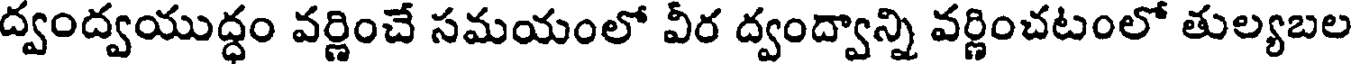
ద్వంద్వయుద్ధం వర్ణించే సమయంలో వీర ద్వంద్వాన్ని వర్ణించటంలో తుల్యబల